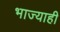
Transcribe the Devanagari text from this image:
भाज्याही